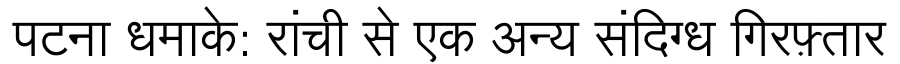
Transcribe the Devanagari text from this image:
पटना धमाके: रांची से एक अन्य संदिग्ध गिरफ़्तार